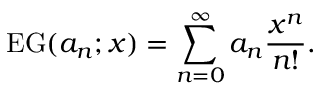
\operatorname { E G } ( a _ { n } ; x ) = \sum _ { n = 0 } ^ { \infty } a _ { n } { \frac { x ^ { n } } { n ! } } .